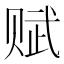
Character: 赋